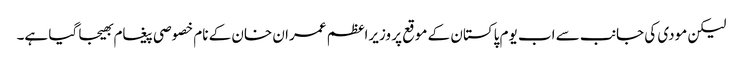
لیکن مودی کی جانب سے اب یوم پاکستان کے موقع پر وزیراعظم عمران خان کے نام خصوصی پیغام بھیجا گیا ہے۔